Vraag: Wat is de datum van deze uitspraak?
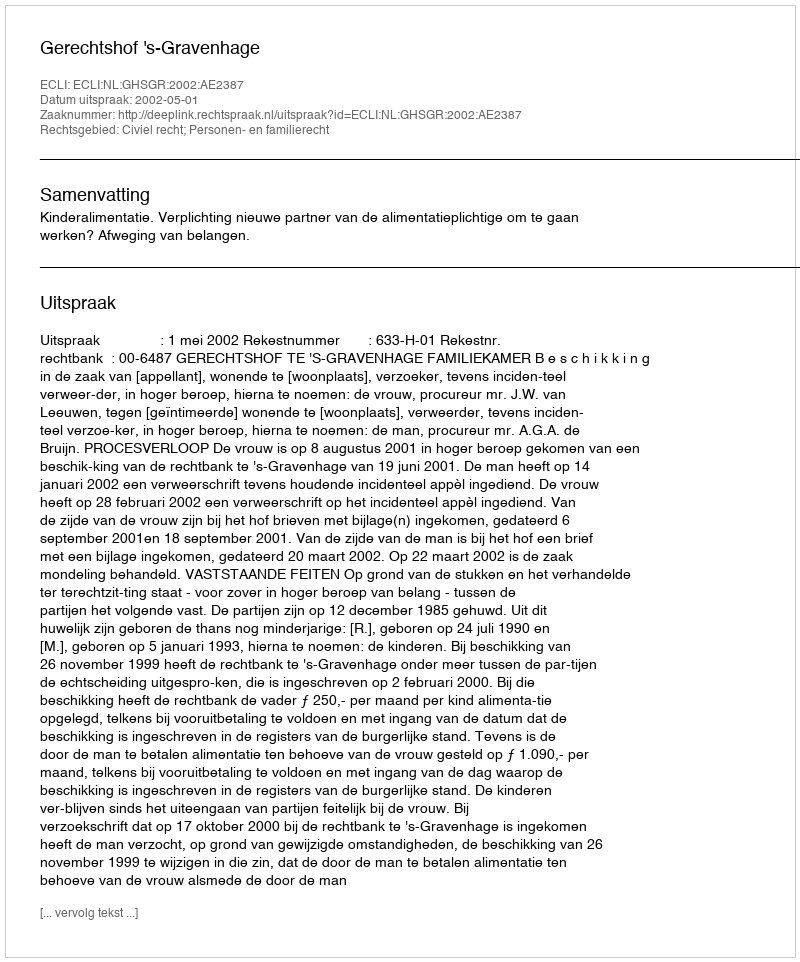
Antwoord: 2002-05-01